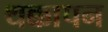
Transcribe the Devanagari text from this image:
थक्कापन